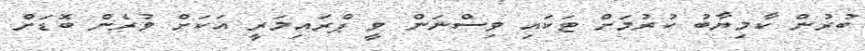
ބުރުން ކާމިޔާބު ކުރުމަށް ޓަކައި ވިސްނަން ވީ ޕްރައިމަރީ އަކަށް ވުރެން ބޮޑަށް